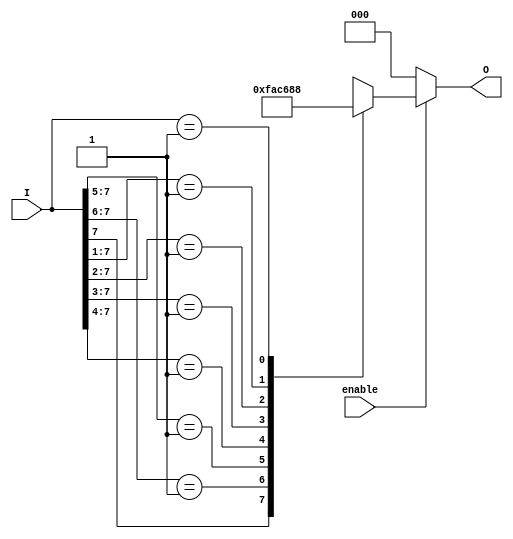
module octal_to_binary_encoder (
    input wire [7:0] I,       // Octal input (8 lines: I0 to I7)
    input wire enable,        // Enable signal
    output reg [2:0] O       // Binary output (3 bits)
);

always @(*) begin
    if (!enable) begin
        O = 3'b000;           // Default state when enable is low
    end else begin
        casez (I)             // Use casez to handle don't care conditions
            8'b1??????? : O = 3'b111; // I7
            8'b01?????? : O = 3'b110; // I6
            8'b001????? : O = 3'b101; // I5
            8'b0001???? : O = 3'b100; // I4
            8'b00001??? : O = 3'b011; // I3
            8'b000001?? : O = 3'b010; // I2
            8'b0000001? : O = 3'b001; // I1
            8'b00000001 : O = 3'b000; // I0
            default: O = 3'bxxx; // Invalid state handling
        endcase
    end
end

endmodule